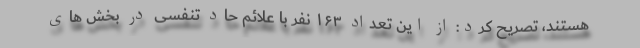
هستند، تصریح کرد: از این تعداد ۱۶۳ نفر با علائم حاد تنفسی در بخش های